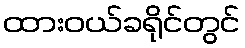
ထားဝယ်ခရိုင်တွင်